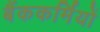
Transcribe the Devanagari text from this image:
बैंककर्मियों